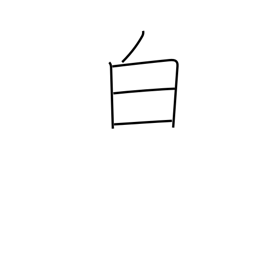
Meaning: white